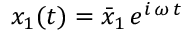
x _ { 1 } ( t ) = \bar { x } _ { 1 } \, e ^ { i \, \omega \, t }